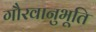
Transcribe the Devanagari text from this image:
गौरवानुभूति